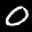
Label: 0